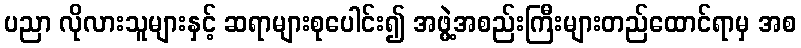
ပညာ လိုလားသူများနှင့် ဆရာများစုပေါင်း၍ အဖွဲ့အစည်းကြီးများတည်ထောင်ရာမှ အစ